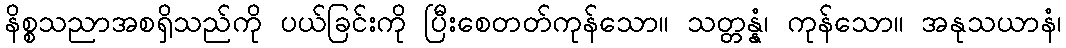
နိစ္စသညာအစရှိသည်ကို ပယ်ခြင်းကို ပြီးစေတတ်ကုန်သော။ သတ္တန္နံ၊ ကုန်သော။ အနုသယာနံ၊